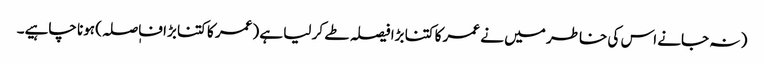
( نہ جانے اس کی خاطر میں نے عمر کا کتنا بڑا فیصلہ طے کر لیا ہے (عمر کا کتنا بڑا فاٖصلہ) ہونا چاہیے۔